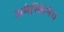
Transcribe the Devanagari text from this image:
अमेरिकेनेच